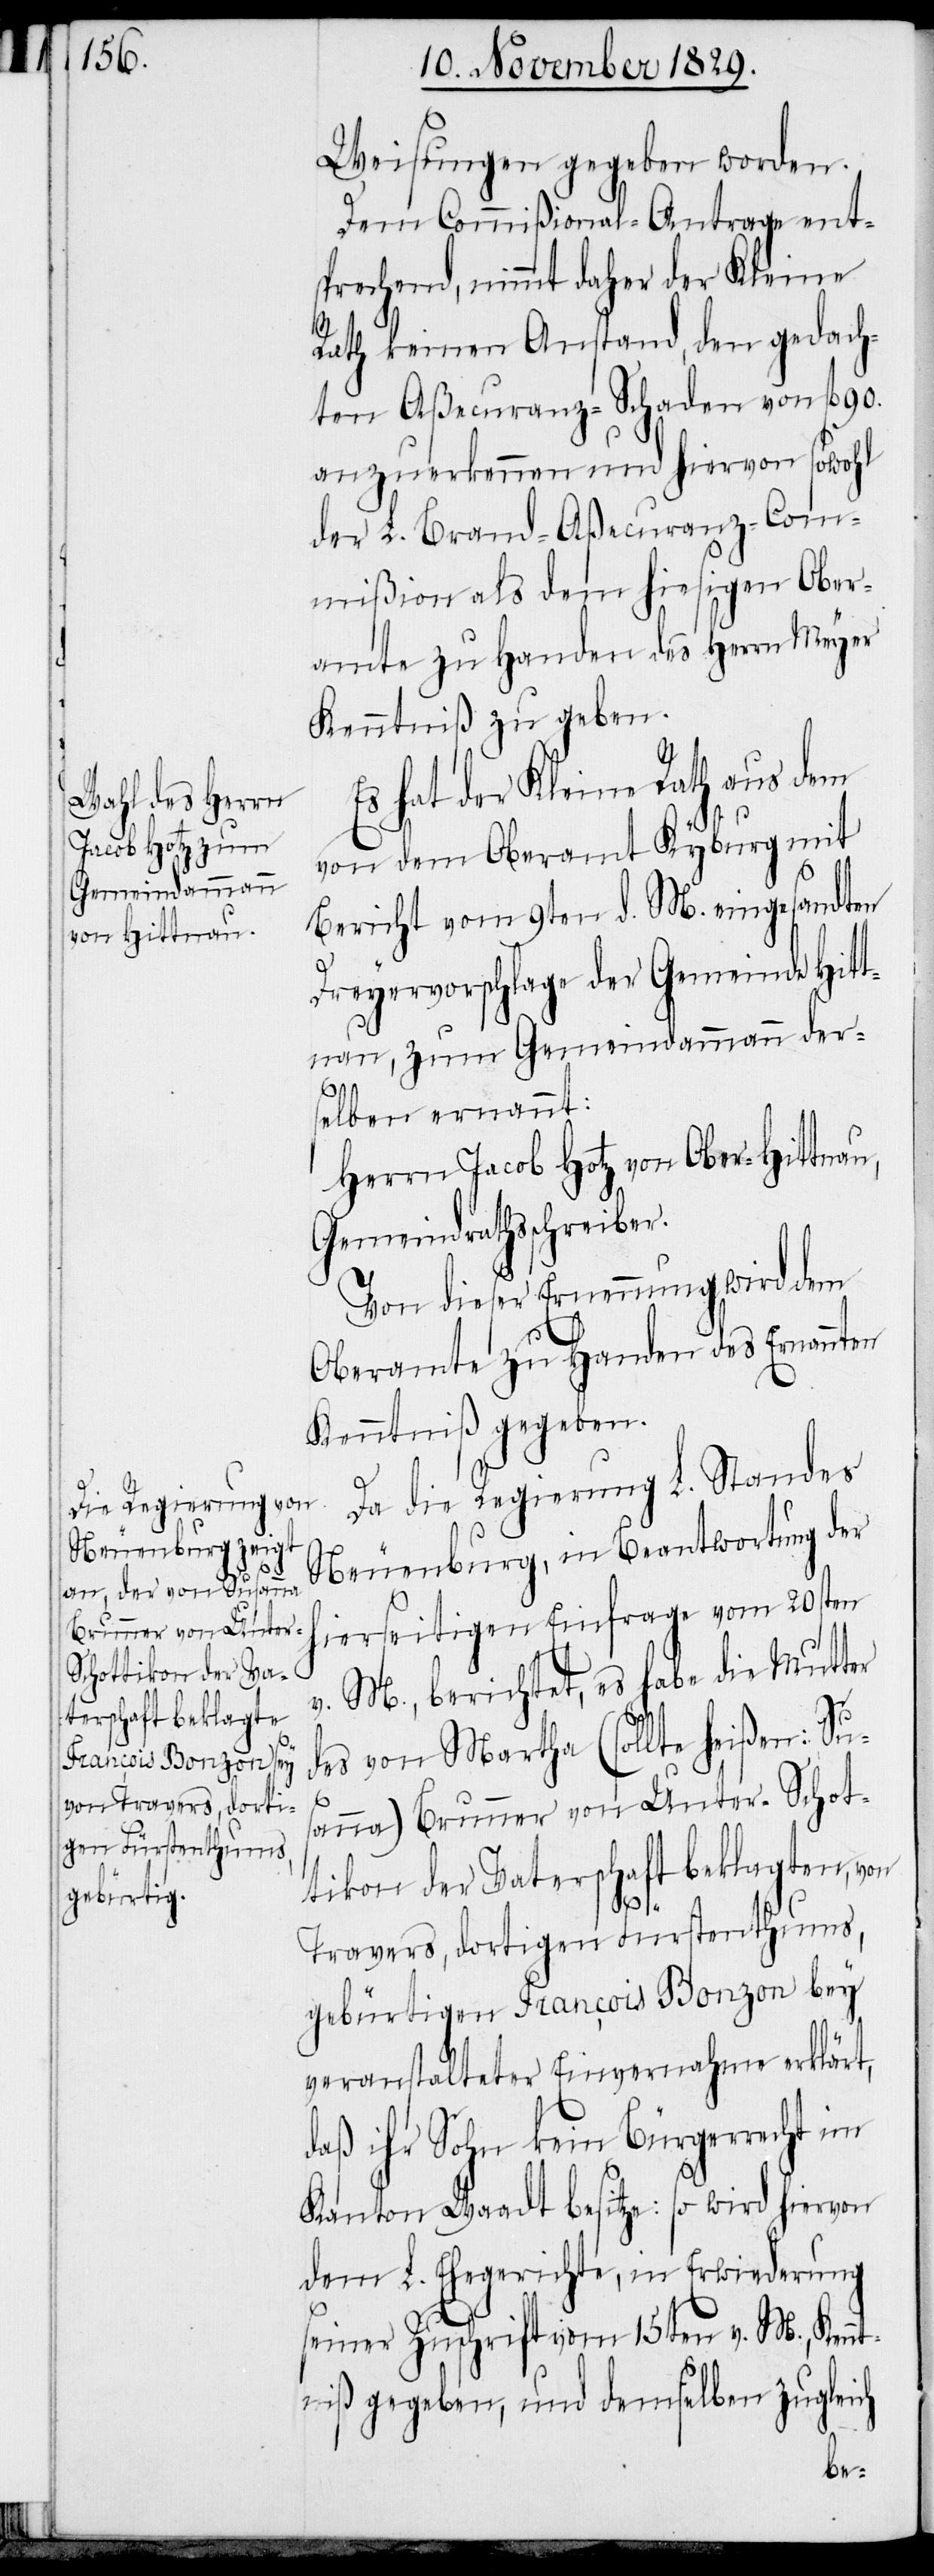
Weisungen gegeben worden.
Dem Commißional-Antrage ent¬
sprechend, nimmt daher der Kleine
Rath keinen Anstand, den gedach¬
ten Aßecuranz-Schaden von fl. 90.
anzuerkennen und hiervon sowohl
der L. Brandaßecuranz-Com¬
mißion als dem hiesigen Ober¬
amte zu Handen des Herrn Meyer
Kenntniß zu geben.
Es hat der Kleine Rath aus dem
von dem Oberamt Kyburg mit
Bericht vom 9ten d. M. eingesandten
Dreyervorschlage der Gemeinde Hitt¬
nau, zum Gemeindammann der¬
selben ernannt:
Herrn Jacob Hotz von Ober-Hittnau,
Gemeindrathsschreiber.
Von dieser Ernennung wird dem
Oberamt zu Handen des Ernannten
Kenntniß gegeben.
Da die Regierung L. Standes
Neuenburg, in Beantwortung der
hierseitigen Einfrage vom 20sten
v. M., berichtet, es habe die Mutter
des von Martha (sollte heißen: Sus¬
anna) Brunner von Unter-Schot¬
tikon der Vaterschaft beklagten, von
Travers, dortigen Fürstenthums,
gebürtigen François Bonzon bey
veranstalteter Einvernahme erklärt,
daß ihr Sohn kein Bürgerrecht im
Kanton Waadt besitze: so wird hiervon
dem L. Ehegerichte, in Erwiederung
seiner Zuschrift vom 15ten v. M., Kenn¬
tniß gegeben, und demselben zugleich